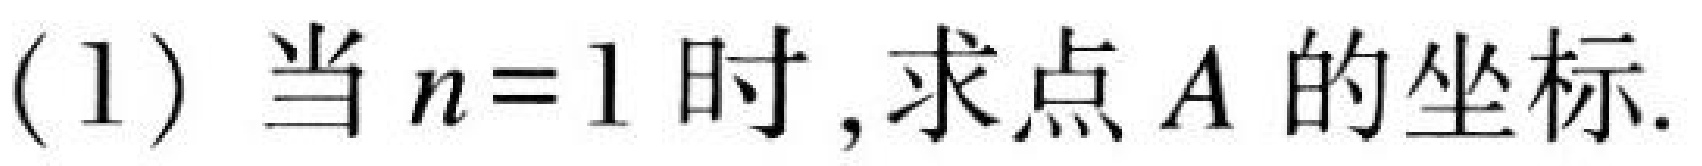
(1) 当 \(n = 1\) 时,求点 \(A\) 的坐标.